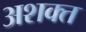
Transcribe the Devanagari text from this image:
अशक्‍त